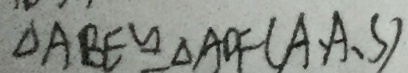
\Delta A B E \cong \Delta A D F ( A 、 A 、 S )